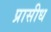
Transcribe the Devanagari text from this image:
प्रासीध